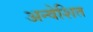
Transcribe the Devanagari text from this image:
अन्वेशित